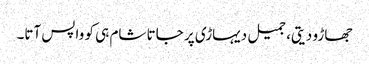
جھاڑو دیتی، جمیل دیہاڑی پر جاتا شام ہی کو واپس آتا۔